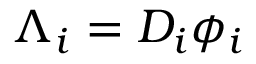
\Lambda _ { i } = D _ { i } \phi _ { i }